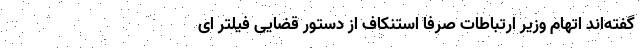
گفته‌اند اتهام وزیر ارتباطات صرفا استنکاف از دستور قضایی فیلتر ای